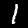
Digit: 1